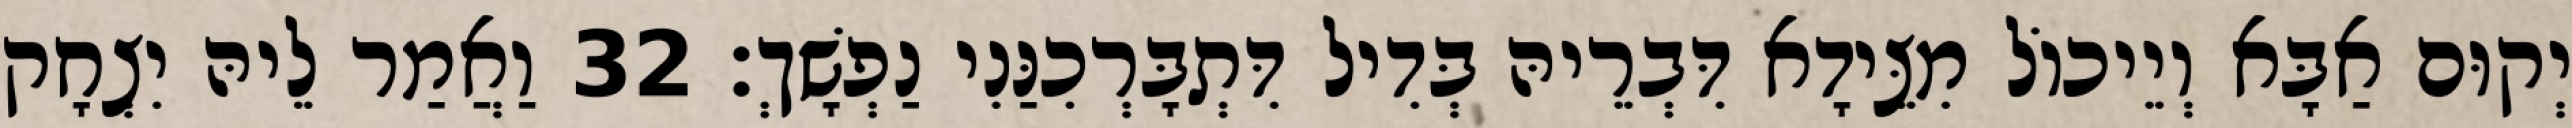
יְקוּם אַבָּא וְיֵיכוֹל מִצֵּידָא דִּבְרֵיהּ בְּדִיל דִּתְבָּרְכִנַּנִי נַפְשָׁךְ׃ 32 וַאֲמַר לֵיהּ יִצְחָק